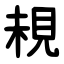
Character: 䙿